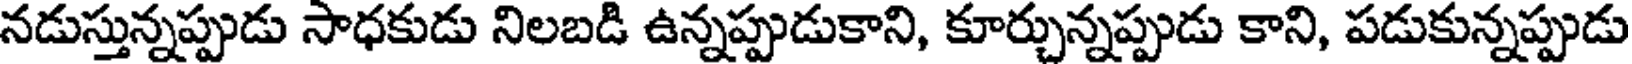
నడుస్తున్నప్పుడు సాధకుడు నిలబడి ఉన్నప్పుడుకాని, కూర్చున్నప్పుడు కాని, పడుకున్నప్పుడు